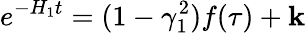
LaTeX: e^{-H_{1}t}=(1-\gamma_{1}^{2})f(\tau)+\mathbf{k}